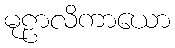
မုဠာလိကာယော